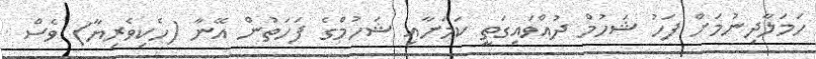
ހަމަލާދިނުމަށް ފަހު ޝަހުމް ދުއްވައިގަތީ ކަމަށާއި ޝަހުމްގެ ފަހަތުން އޭނާ (ހެކިވެރިޔާ) ވެސް